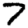
Digit: 7